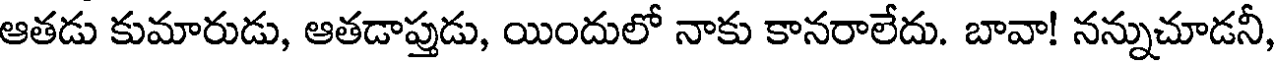
ఆతడు కుమారుడు, ఆతడాప్తుడు, యిందులో నాకు కానరాలేదు. బావా! నన్నుచూడనీ,